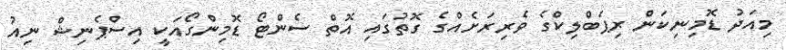
މިއަދު ޑޮމިނިކަން ރިޕަބްލިކްގެ ވެރިރަށެއްގެ ގޮތުގައި އޮތް ސެންޓޯ ޑޮމިންގޯއަކީ އިސްޕެނިޝް ނިއު